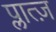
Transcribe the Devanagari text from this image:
प्लात्ज़